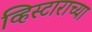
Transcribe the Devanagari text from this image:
व्हिस्टाराच्या